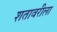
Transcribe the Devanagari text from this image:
शतावरीला